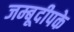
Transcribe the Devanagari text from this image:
जम्बूदीपके